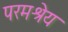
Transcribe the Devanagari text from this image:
परमश्रेय